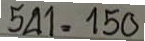
541 = 150